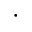
\cdot